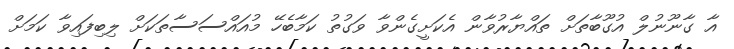
އާ ގާނޫނުލް އުގޫބާތަށް ތައްޔާރުވާން އެކަށީގެންވާ ވަގުތު ކަމާބެހޭ މުއައްސަސާތަކަށް ލިބިފައިވާ ކަމަށް